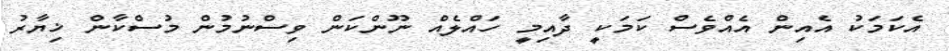
އެކަމަކު އެއިން އެއްވެސް ކަމަކީ ދާއިމީ ހައްލެއް ނޫންކަން ވިސްނުމުން މުސްކާން ޚިޔާރު